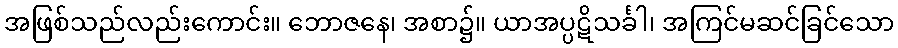
အဖြစ်သည်လည်းကောင်း။ ဘောဇနေ၊ အစာ၌။ ယာအပ္ပဋိသင်္ခါ၊ အကြင်မဆင်ခြင်သော